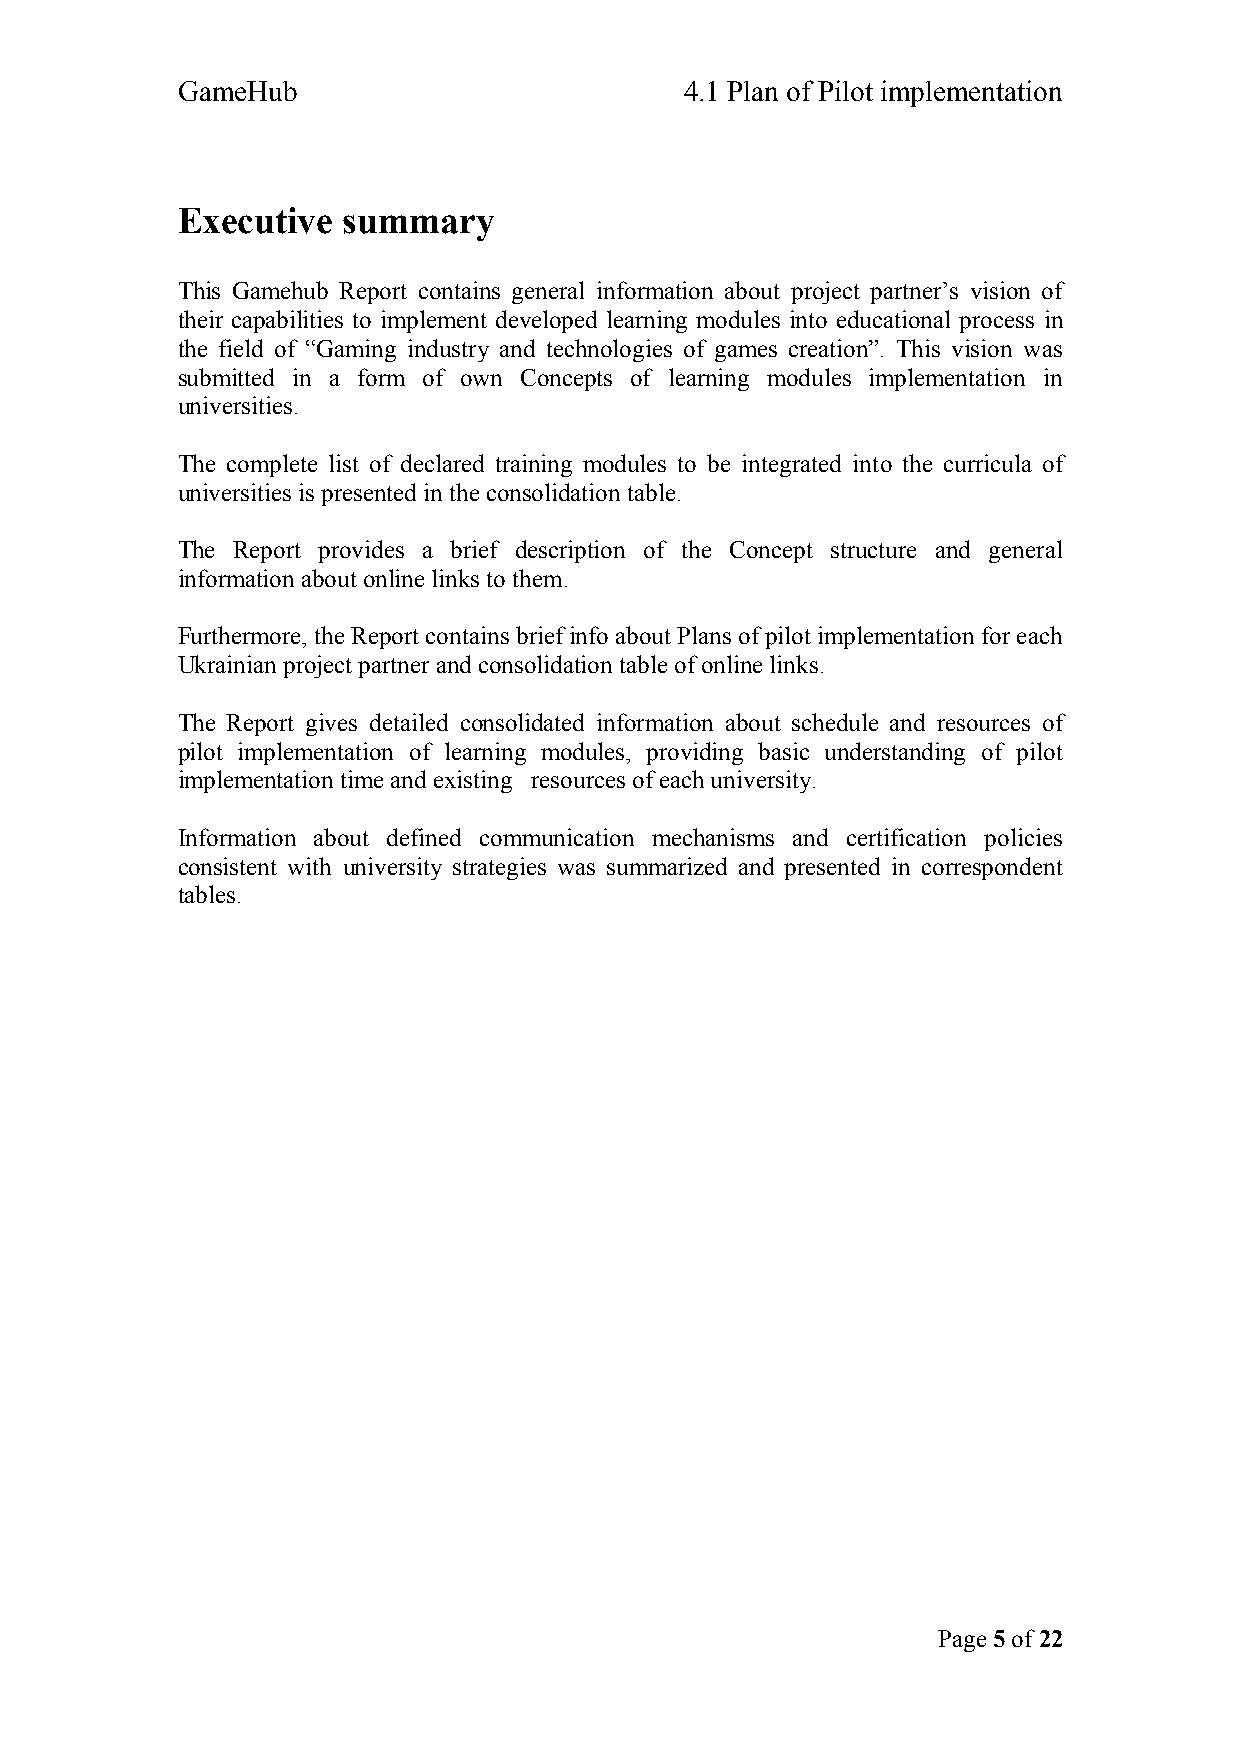
GameHub                          4.1 Plan of Pilot implementation
 Executive  summary
 This Gamehub Report contains general information about project partner’s vision of
 their capabilities to implement developed learning modules into educational process in
 the field of “Gaming industry and technologies of games creation”. This vision was
 submitted in a form of own Concepts of learning modules implementation in
 universities.
 The complete list of declared training modules to be integrated into the curricula of
 universities is presented in the consolidation table.
 The Report provides a brief description of the Concept structure and general
 information about online links to them.
 Furthermore, the Report contains brief info about Plans of pilot implementation for each
 Ukrainian project partner and consolidation table of online links.
 The Report gives detailed consolidated information about schedule and resources of
 pilot implementation of learning modules, providing basic understanding of pilot
 implementation time and existing resources of each university.
 Information about defined communication mechanisms and certification policies
 consistent with university strategies was summarized and presented in correspondent
 tables.
 Page 5 of 22